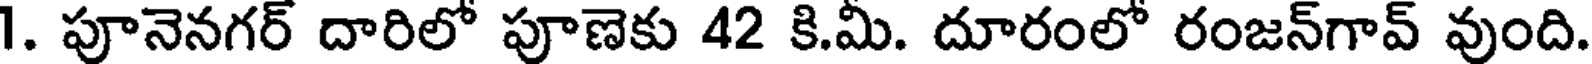
1. పూనెనగర్ దారిలో పూణెకు 42 కి.మీ. దూరంలో రంజన్గావ్ వుంది.